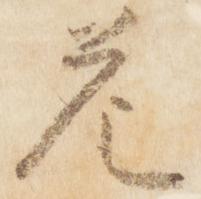
危